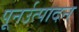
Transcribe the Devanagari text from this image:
पूनर्उत्पादन